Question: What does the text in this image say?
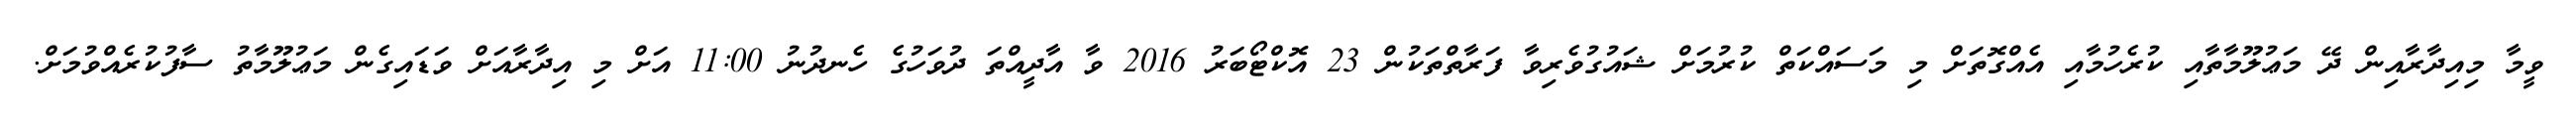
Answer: ވީމާ މިއިދާރާއިން ދޭ މަޢުލޫމާތާއި ކުރެހުމާއި އެއްގޮތަށް މި މަސައްކަތް ކުރުމަށް ޝައުގުވެރިވާ ފަރާތްތަކުން 23 އޮކްޓޯބަރު 2016 ވާ އާދީއްތަ ދުވަހުގެ ހެނދުނު 11:00 އަށް މި އިދާރާއަށް ވަޑައިގެން މަޢުލޫމާތު ސާފުކުރެއްވުމަށް.